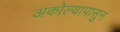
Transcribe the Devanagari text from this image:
अकोल्यापासुन